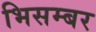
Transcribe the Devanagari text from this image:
भिसम्बर